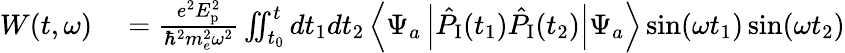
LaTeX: \begin{array}{rl}{W(t,\omega)}&{{}=\frac{e^{2}E_{\textrm{p}}^{2}}{\hbar^{2}m_{e}^{2}\omega^{2}}\iint_{t_{0}}^{t}dt_{1}dt_{2}\left\langle\Psi_{a}\left|\hat{P}_{\textrm{I}}(t_{1})\hat{P}_{\textrm{I}}(t_{2})\right|\Psi_{a}\right\rangle\sin(\omega t_{1})\sin(\omega t_{2})}\end{array}